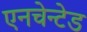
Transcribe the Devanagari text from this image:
एनचेन्टेड